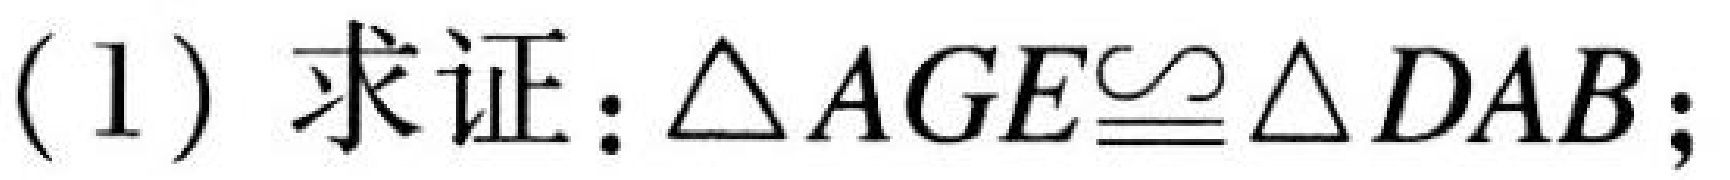
(1) 求证：\(\triangle AGE\cong\triangle DAB\);